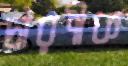
চারণীক